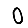
Digit: 0